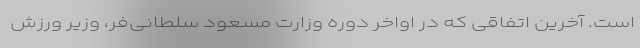
است. آخرین اتفاقی که در اواخر دوره وزارت مسعود سلطانی‌فر، وزیر ورزش